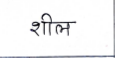
मजकूर: शील